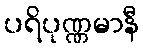
ပရိပုဏ္ဏမာနီ